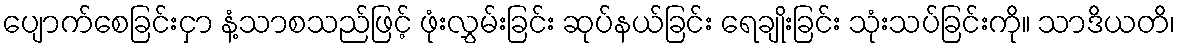
ပျောက်စေခြင်းငှာ နံ့သာစသည်ဖြင့် ဖုံးလွှမ်းခြင်း ဆုပ်နယ်ခြင်း ရေချိုးခြင်း သုံးသပ်ခြင်းကို။ သာဒိယတိ၊